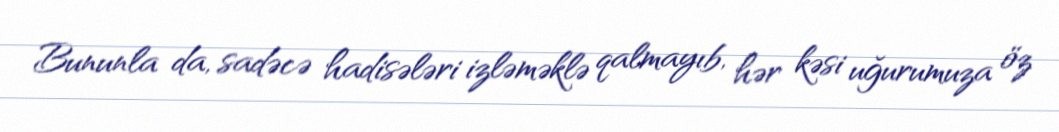
Bununla da, sadəcə hadisələri izləməklə qalmayıb, hər kəsi uğurumuza öz